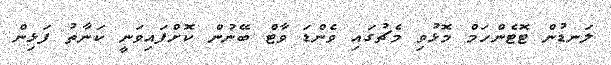
ލަނޑުން ޓޮޓެންހަމް މޮޅުވި މެޗުގައި ވެންޑަ ވާޓް ބޭނުން ކޮށްފައިވަނީ ކަނާތު ފަޅިން